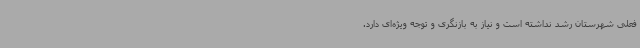
فعلی شهرستان رشد نداشته است و نیاز به بازنگری و توجه ویژه‌ای دارد.